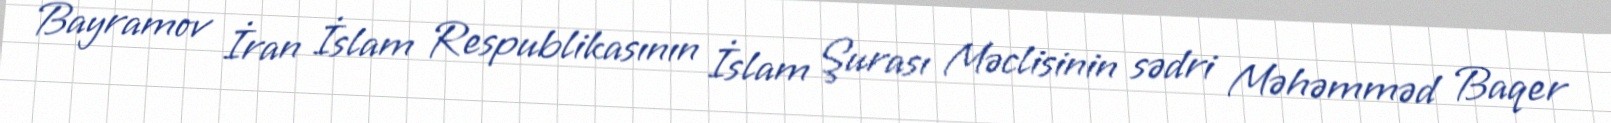
Bayramov İran İslam Respublikasının İslam Şurası Məclisinin sədri Məhəmməd Baqer